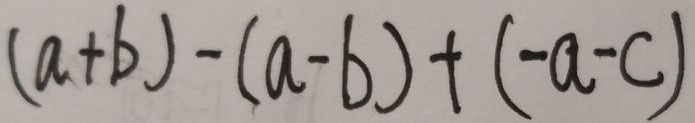
( a + b ) - ( a - b ) + ( - a - c )